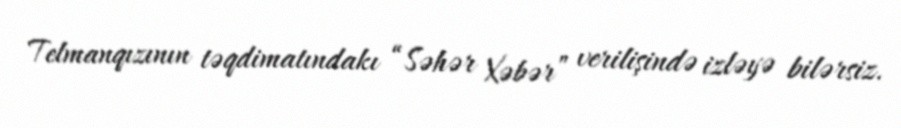
Telmanqızının təqdimatındakı “Səhər Xəbər” verilişində izləyə bilərsiz.